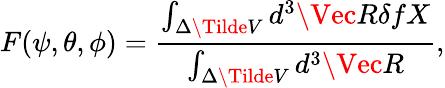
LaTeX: F(\psi,\theta,\phi)=\frac{\int_{\Delta\Tilde{V}}d^{3}\Vec{R}\delta fX}{\int_{\Delta\Tilde{V}}d^{3}\Vec{R}},